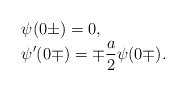
\begin{align*}\begin{array}{l}\displaystyle\psi(0\pm)=0,\\\displaystyle\psi'(0\mp)=\mp\frac{a}{2}\psi(0\mp).\end{array}\end{align*}